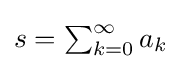
{\textstyle s=\sum _{k=0}^{\infty }a_{k}}